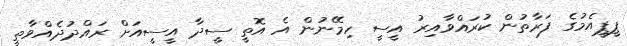
ޕީޕީއެމުގެ ފަރާތުން ކުރައްވާއިރު އީސީ ހިމޭނުން އެ އޮތީ ސީދާ އީސީއަށް ރައްދުދެއްވާތީ